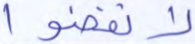
لانفضوا